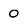
Character: 0